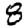
Digit: 8